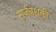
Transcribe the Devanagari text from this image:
सर्जनशक्ती